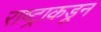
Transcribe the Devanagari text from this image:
राष्ट्राकडून